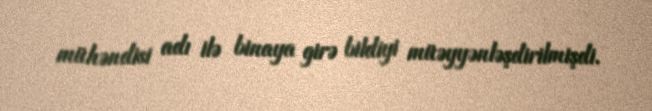
mühəndisi adı ilə binaya girə bildiyi müəyyənləşdirilmişdi.